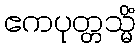
ဧကပုတ္တသ္မိံ